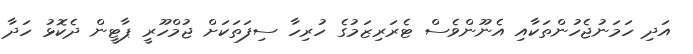
އަދި ހަމަނުޖެހުންތަކާއި އެނޫންވެސް ޓެރަރިޒަމުގެ ހުރިހާ ސިފަތަކަށް ޖުމްހޫރީ ޕާޓީން ދެކޮޅު ހަދާ